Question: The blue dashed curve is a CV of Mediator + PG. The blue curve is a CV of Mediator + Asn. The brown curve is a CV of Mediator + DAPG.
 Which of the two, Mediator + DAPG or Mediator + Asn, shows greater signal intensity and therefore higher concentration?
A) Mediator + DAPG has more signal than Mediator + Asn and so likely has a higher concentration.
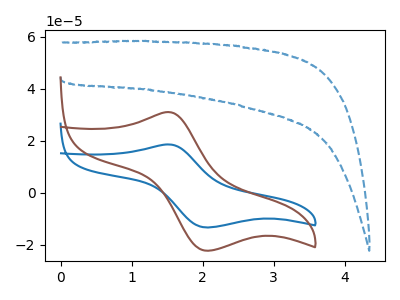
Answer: <think>The blue dashed curve "Mediator + PG" has no peaks. The blue curve "Mediator + Asn" has an anodic peak at (1.50V, 18.60uA) and a cathodic peak at (2.10V, -13.35uA). The brown curve "Mediator + DAPG" has an anodic peak at (1.50V, 31.00uA) and a cathodic peak at (2.10V, -22.30uA).
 All the peaks in "Mediator + DAPG" have a peak in "Mediator + Asn" at the same potential. Every peak in "Mediator + DAPG" is higher than every peak in "Mediator + Asn".</think>
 <answer>A) "Mediator + DAPG" has more signal than "Mediator + Asn" and so likely has a higher concentration.</answer>
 <eval>A</eval>